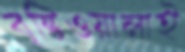
বৃষ্টিওয়ালাই